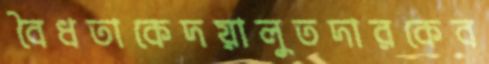
বৈধতাকেদয়ালুতদারকেব